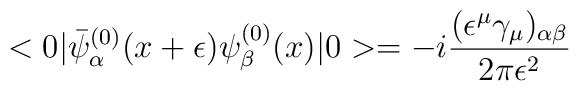
<0|{\bar\psi}_\alpha^{(0)}(x+\epsilon)\psi_\beta^{(0)}(x)|0> = -i{(\epsilon^\mu\gamma_\mu)_{\alpha\beta}\over {2\pi\epsilon^2}}